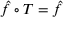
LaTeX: { \hat { f } } \circ T = { \hat { f } }